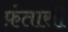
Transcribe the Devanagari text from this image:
फ़ंतासी